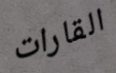
القارات